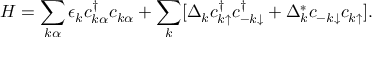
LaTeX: H = \sum _ { k \alpha } \epsilon _ { k } c _ { k \alpha } ^ { \dagger } c _ { k \alpha } + \sum _ { k } [ \Delta _ { k } c _ { k \uparrow } ^ { \dagger } c _ { - k \downarrow } ^ { \dagger } + \Delta _ { k } ^ { * } c _ { - k \downarrow } c _ { k \uparrow } ] .